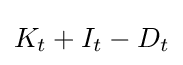
K_{t}+I_{t}-D_{t}